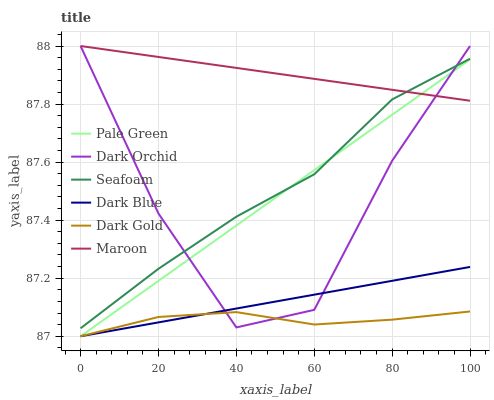
| xaxis_label | Pale Green | Dark Orchid | Seafoam | Dark Blue | Dark Gold | Maroon |
 | --- | --- | --- | --- | --- | --- | --- |
 | 0 | 87 | 88 | 87 | 87 | 87 | 88 |
 | 20 | 87.2 | 87.4 | 87.2 | 87 | 87.1 | 88 |
 | 40 | 87.4 | 87 | 87.4 | 87.1 | 87.1 | 87.9 |
 | 60 | 87.6 | 87.1 | 87.6 | 87.1 | 87 | 87.9 |
 | 80 | 87.8 | 87.6 | 87.8 | 87.2 | 87.1 | 87.8 |
 | 100 | 88 | 88 | 88 | 87.2 | 87.1 | 87.8 |